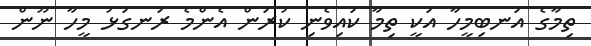
ތިމާގެ އަނބިމީހާ އަކީ ތިމާ ކައިވެނި ކުރަން އެންމެ ރަނގަޅު މީހާ ނޫން